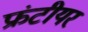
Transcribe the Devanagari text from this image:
फ्रंटीयर